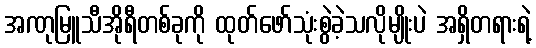
အဏုမြူသီအိုရီတစ်ခုကို ထုတ်ဖော်သုံးစွဲခဲ့သလိုမျိုးပဲ အရှိတရားရဲ့